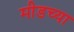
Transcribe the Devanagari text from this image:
मीडच्या